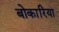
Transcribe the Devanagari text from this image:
बोकारिया